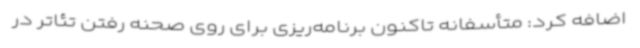
اضافه کرد: متأسفانه تاکنون برنامه‌ریزی برای روی صحنه رفتن تئاتر در